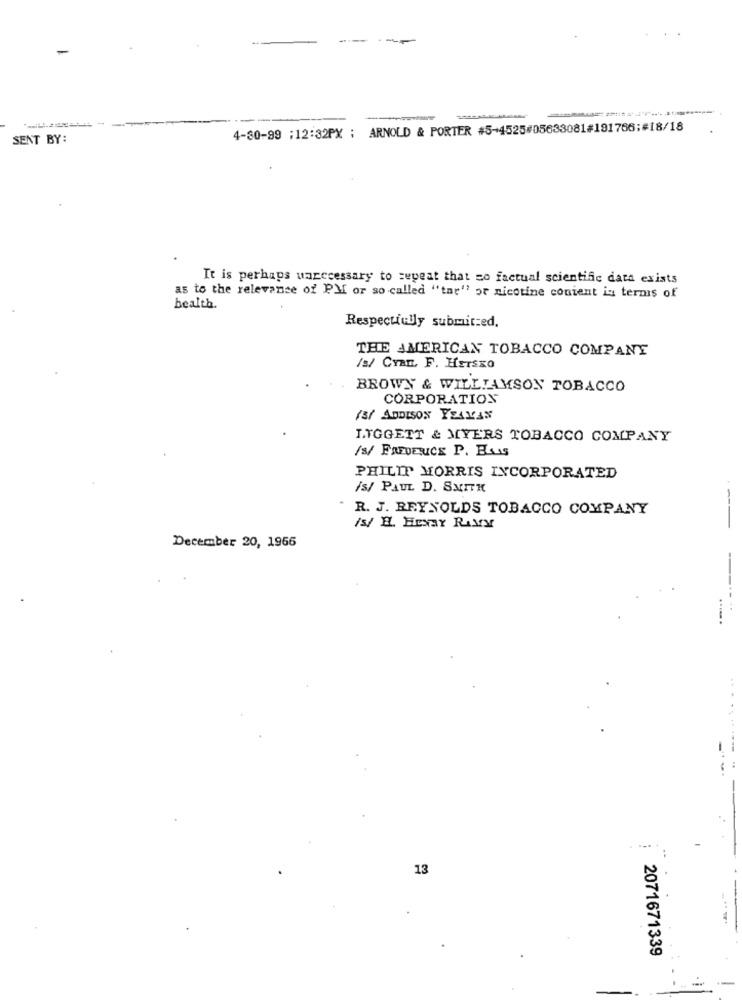
--
-
4-80-99 :12:32PX ; ARNOLD & PORTER #5-4525#05633081#191766;#18/18
SENT BY:
It is perhaps uanecessary to repeat that so factual scientific data exists
as to the relevance of PM or so called "tar" or nicotine content in terms of
health.
Respectfully submitzed.
THE AMERICAN TOBACCO COMPANY
/s/ CYan, F. HEISKO
BROWN & WILLIAMSON TOBACCO
CORPORATION
/3/ ADDISON YZAYAS
LTGGETT & MYERS TOBACCO COMPANY
/s/ FREUENCE P. ELus
PHILIP MORRIS INCORPORATED
/S/ PAUL D. SMITH
.
R. J. REYNOLDS TOBACCO COMPANY
--
/s/ H. Ersar RAMY
December 20, 1966
--
......
13
2071671339